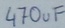
Text: 470uF